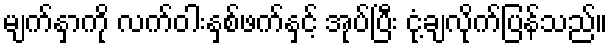
မျက်နှာကို လက်ဝါးနှစ်ဖက်နှင့် အုပ်ပြီး ငုံ့ချလိုက်ပြန်သည်။